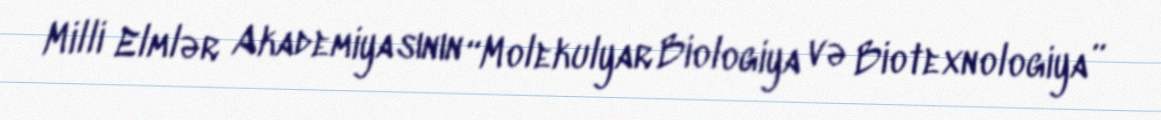
Milli Elmlər Akademiyasının “Molekulyar Biologiya və Biotexnologiya”